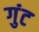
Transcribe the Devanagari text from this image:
गुंट